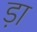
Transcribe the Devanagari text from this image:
ड़ा